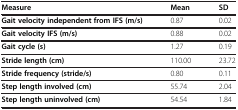
| Measure | Mean | SD |
 | --- | --- | --- |
 | Gait velocity independent from IFS (m/s) | 0.87 | 0.02 |
 | Gait velocity IFS (m/s) | 0.88 | 0.02 |
 | Gait cycle (s) | 1.27 | 0.19 |
 | Stride length (cm) | 110.00 | 23.72 |
 | Stride frequency (stride/s) | 0.80 | 0.11 |
 | Step length involved (cm) | 55.74 | 2.04 |
 | Step length uninvolved (cm) | 54.54 | 1.84 |